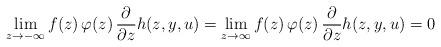
LaTeX: \begin{align*}\lim_{z\to -\infty} f(z)\,\varphi(z)\,\frac{\partial}{\partial z}h(z,y,u) = \lim_{z\to \infty} f(z)\,\varphi(z)\,\frac{\partial}{\partial z}h(z,y,u) = 0\end{align*}